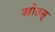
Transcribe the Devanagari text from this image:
स्रोतस्